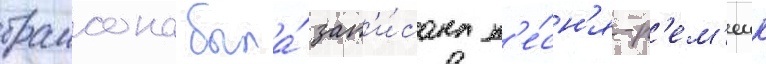
браисона была́ зап'и́сана п'е́сн'я-р'ем'еик